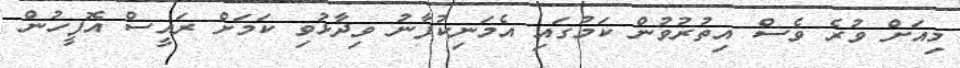
މިއަށް ވުރެ ވެސް އިތުރުވުން ކަމުގައި އެމަނިކުފާނު ވިދާޅުވި ކަމަށް ރައީސް އޮފީހުން